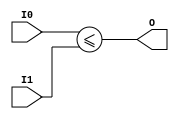
module coreir_sle4_wrapped (
    input [3:0] I0,
    input [3:0] I1,
    output O
);
assign O = ($signed(I0)) <= ($signed(I1));
endmodule